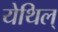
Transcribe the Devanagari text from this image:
येथिल्